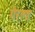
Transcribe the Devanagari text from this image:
गेरल्ङ